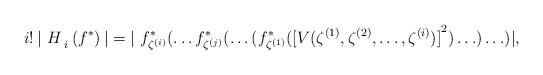
LaTeX: \begin{align*}i!\,{\lvert \ H\,}_{i}\left( f^{\ast }\right) {\rvert }={\lvert \ f_{\zeta^{(i)}}^{\ast }(\ldots f_{\zeta ^{(j)}}^{\ast }(\ldots (f_{\zeta^{(1)}}^{\ast }({[V(\zeta ^{(1)},\zeta ^{(2)},\ldots ,\zeta ^{(i)})]}^{2})\ldots )\ldots )\rvert ,} \end{align*}